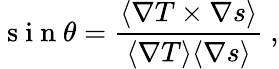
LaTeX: \mathrm{~s~i~n~}\theta=\frac{\langle\nabla T\times\nabla s\rangle}{\langle\nabla T\rangle\langle\nabla s\rangle}~,